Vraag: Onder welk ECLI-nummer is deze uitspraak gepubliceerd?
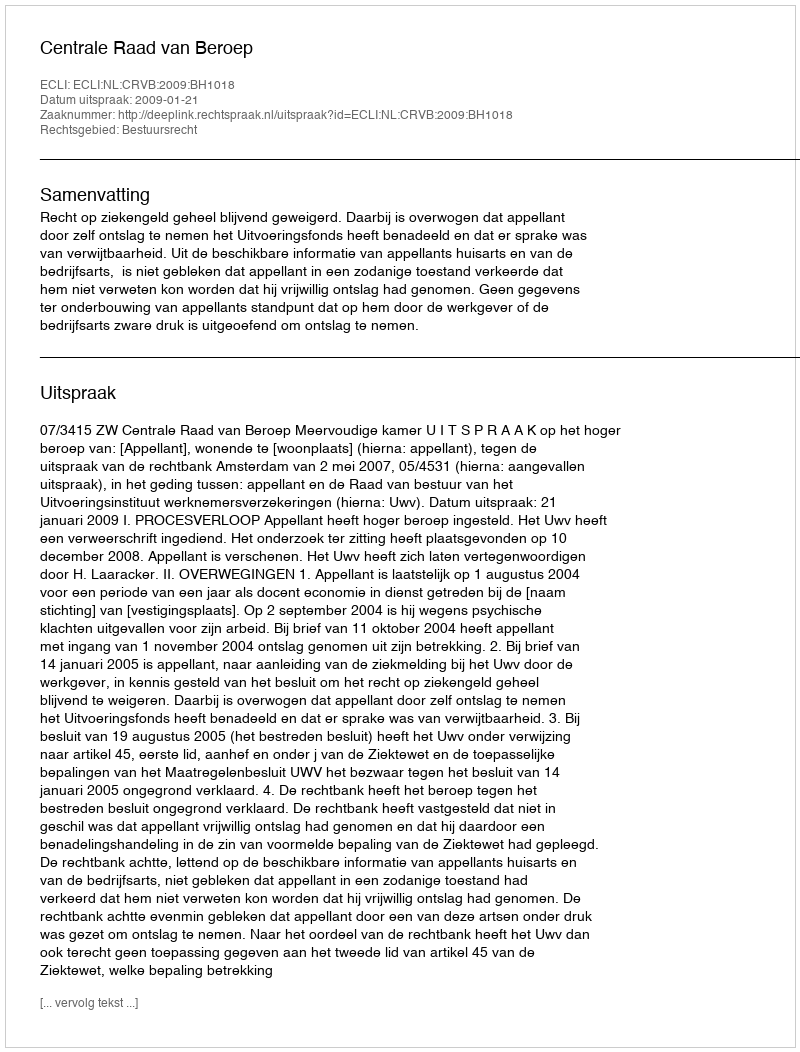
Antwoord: ECLI:NL:CRVB:2009:BH1018